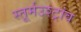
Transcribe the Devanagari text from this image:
स्तूर्मउश्ट्रांव